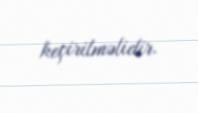
keçirilməlidir.